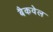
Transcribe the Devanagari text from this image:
बैकवेल